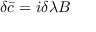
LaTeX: \delta { \bar { c } } = i \delta \lambda B